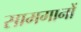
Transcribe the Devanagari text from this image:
सामगानों